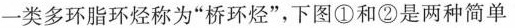
一类多环脂环烃称为”桥环烃”，下图①和②是两种简单